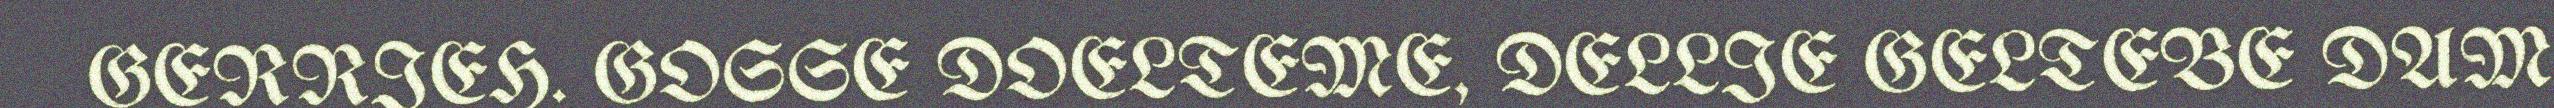
GERRIEH. GOSSE DOELTEME, DELLIE GELTEBE DAM